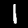
Digit: 1